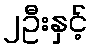
၂ဦးနှင့်